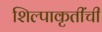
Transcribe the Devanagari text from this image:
शिल्पाकृतींची